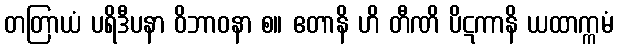
တတြာယံ ပရိဒီပနာ ဝိဘာဝနာ စ။ ဧတာနိ ဟိ တီဏိ ပိဋကာနိ ယထာက္ကမံ